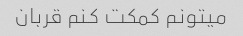
میتونم کمکت کنم قربان